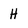
Character: H